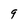
Character: 9